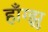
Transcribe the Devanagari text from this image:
हॉँग्झु